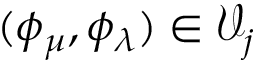
( \phi _ { \mu } , \phi _ { \lambda } ) \in \mathcal { V } _ { j }